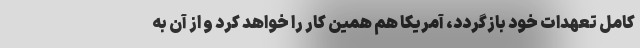
کامل تعهدات خود بازگردد، آمریکا هم همین کار را خواهد کرد و از آن به